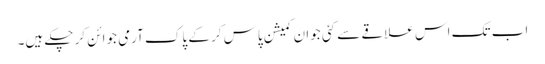
اب تک اس علاقے سے کئی جوان کمیشن پاس کر کے پاک آرمی جوائن کر چکے ہیں۔